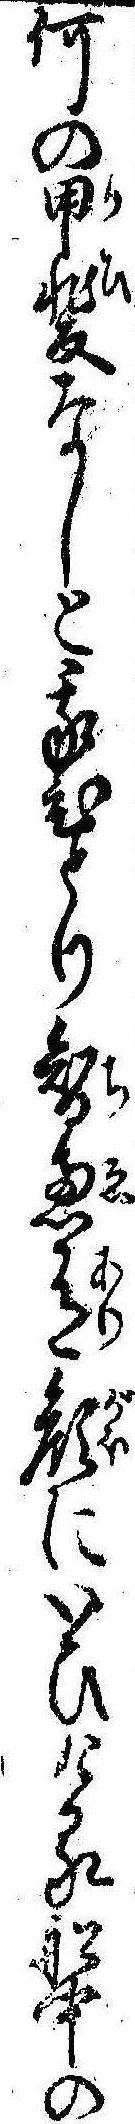
何の甲斐なしと我ひとり智恵有顔にいひける船中の